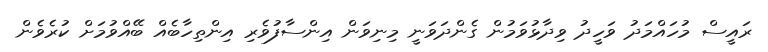
ރައީސް މުހައްމަދު ވަހީދު ވިދާޅުވަމުން ގެންދަވަނީ މިނިވަން އިންސާފުވެރި އިންތިހާބެއް ބޭއްވުމަށް ކުރެވެން